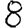
Digit: 8